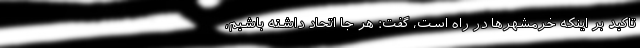
تاکید بر اینکه خرمشهرها در راه است، گفت: هر جا اتحاد داشته باشیم،